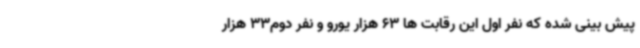
پیش بینی شده که نفر اول این رقابت ها 63 هزار یورو و نفر دوم33 هزار